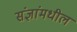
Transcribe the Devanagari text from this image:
संज्ञांमधील